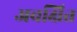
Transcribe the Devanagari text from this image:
अवक्षित